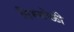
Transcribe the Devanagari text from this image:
तिरुमोळी